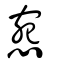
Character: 惌